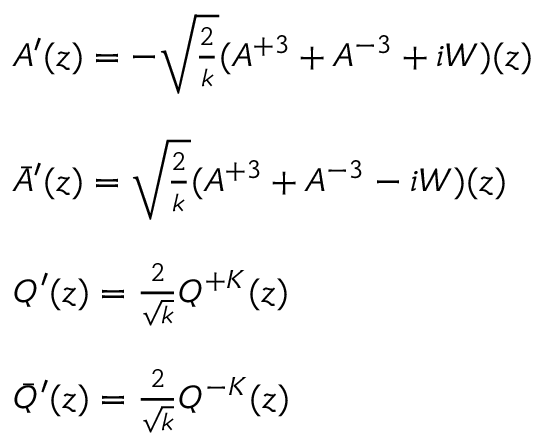
\begin{array} { l } { { A ^ { \prime } ( z ) = - \sqrt { \frac { 2 } { k } } ( A ^ { + 3 } + A ^ { - 3 } + i W ) ( z ) } } \\ { { \ } } \\ { { \bar { A } ^ { \prime } ( z ) = \sqrt { \frac { 2 } { k } } ( A ^ { + 3 } + A ^ { - 3 } - i W ) ( z ) } } \\ { { \ } } \\ { { Q ^ { \prime } ( z ) = \frac { 2 } { \sqrt { k } } Q ^ { + K } ( z ) } } \\ { { \ } } \\ { { \bar { Q } ^ { \prime } ( z ) = \frac { 2 } { \sqrt { k } } Q ^ { - K } ( z ) } } \end{array}